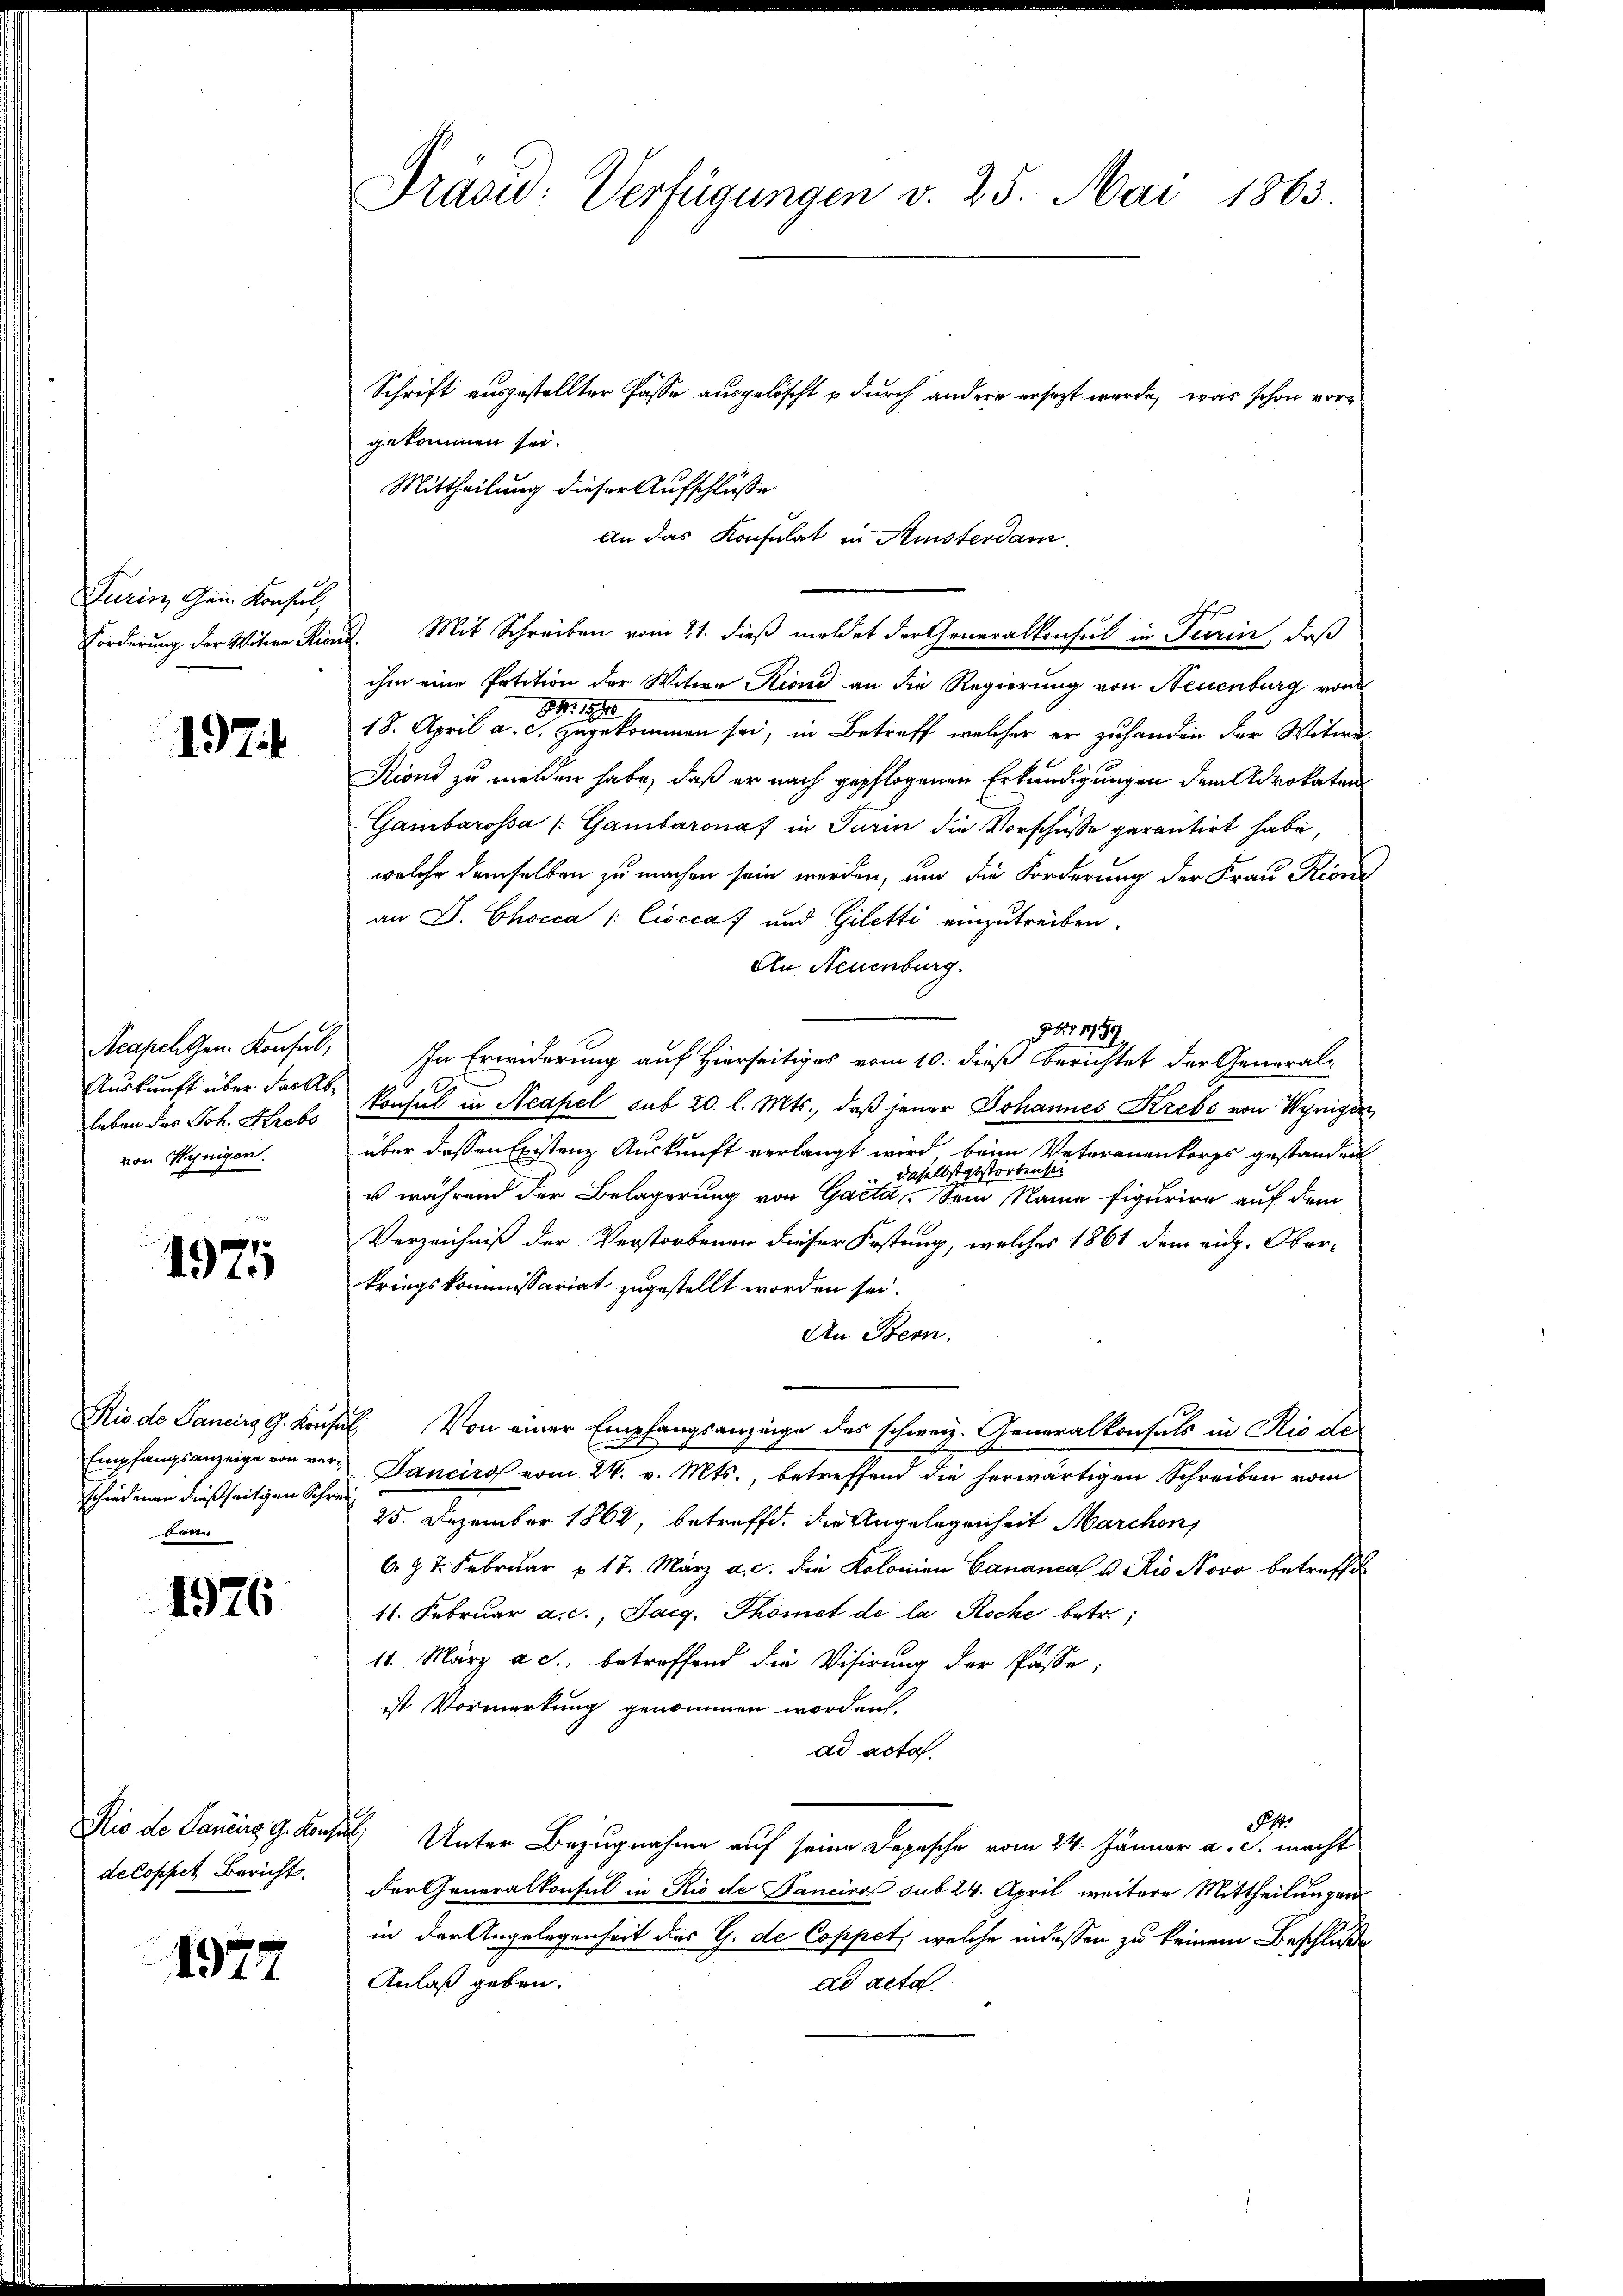
Turin, Gen. Konsul,

1974

Neapel Gen. Konsul,
Auskunft über das Ableben das Joh. Krebs
von Wenigen.

1975

Rio de Pancirg G. Konse
schiedenen dießseitigen Schrei
ben

1976

deloppet Bericht.

1972

Draou: Verfügungen v. 25. Mai 1863

Schrift ausgestellter Pässe ausgelöscht u durch andere ersezt werde, was schon vor
gekommen sei.
Mittheilung dieser Aufschlüsse
ihm eine Petition der Witwe Kind an die Regierung von Neuenburg vom
18. April a. der eine gekommen sei, in Betreff welcher er zu handen der Witwe
Riond zu melden habe, daß er nach gepflogenen Erkundigungen dem Advokaten
Gambarossa (Gambaronaf in Turin die Vorschüsse garantirt habe,
welche demselben zu machen sein werden, und die Forderung der Frau Rioni
an D. Chocca /: Ciocca) und Giletti einzutreiben.
An Neuenburg.
 Nr 1789
In Erwiderung auf Hierseitiges vom 10. dieß berichtet der General-
konsul in Neapel sub 20. l. Mts., daß jener Johannes Krebs von Wynigen
über dessen Existenz Auskunft verlangt wird, beim Veterauenkorps gestanden
raser
gestor
daselb
u während der Belagerung von Gatta. Sein Name figurire auf dem
Verzeichniß der Verstorbenen dieser Festung, welches 1861 dem eid. Oberkriegskommissariat zugestellt worden sei.
An Bern.
I. Von einer Empfangsanzige des schweiz. Generalkonsuls in Rio de
Empfangsanzeige von ver-Janeiro vom 24. v. Mts., betreffend die herwärtigen Schreiben vom
25. Dezember 1862, betreffe. Die Angelegenheit Marchen,
C. J. J. Februar 17. März a. c. die Kolonian Cananca u. Rio Novo betreffe
11. Februar a. c., Sarg. Thomet de la Roche betr.
11. März a. c., betreffend die Visirung der Pässe,
ist Vormerkung genommen worden,
ad acta
.
Rio de Janeiro g. Konsul Unter Bezugnahme auf seine Depesche vom 24. Jänner a. s. macht
der Generalkonsul in Rio de Fancira sub 24. April weitere Mittheilungen
in der Angelegenheit des G. de Coppetz, welche indessen zu keinem Beschluße
Anlaß geben.
dd acta.

An das Konsulat in Amsterdam.
Forderung der Witwe Kient. Mit Schreiben vom 21. dieß meldet der Generalkonsul in Turin, daß